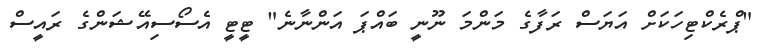
"ޕްރެކްޓިހަކަށް އަޔަސް ރަފާގެ މަންމަ ނޫނީ ބައްޕަ އަންނާނެ" ޓީޓީ އެސޯސިއޭޝަންގެ ރައީސް